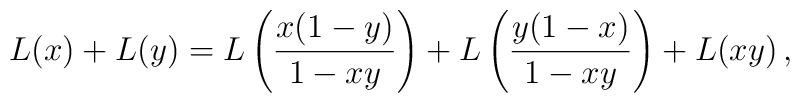
L(x) + L(y) = L\left(\frac{x(1-y)}{1-xy}\right) +  L\left(\frac{y(1-x)}{1-xy}\right) + L(xy) \,,